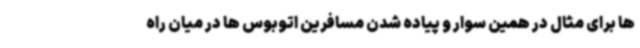
ها برای مثال در همین سوار و پیاده شدن مسافرین اتوبوس ها در میان راه